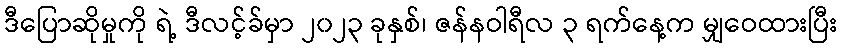
ဒီပြောဆိုမှုကို ရဲ့ ဒီလင့်ခ်မှာ ၂၀၂၃ ခုနှစ်၊ ဇန်နဝါရီလ ၃ ရက်နေ့က မျှဝေထားပြီး